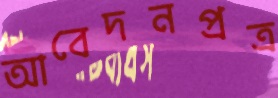
আবেদনপ্রত্র